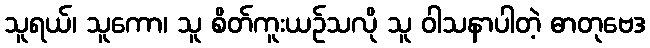
သူရယ်၊ သူကော၊ သူ စိတ်ကူးယဉ်သလို သူ ဝါသနာပါတဲ့ ဓာတုဗေဒ